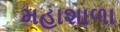
મહાશાળા